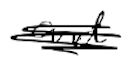
Text: and
Cross-out: scratch
Writing tool: digital_black